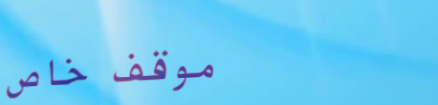
موقف خاص